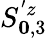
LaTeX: S_{\boldsymbol{0},3}^{'z}